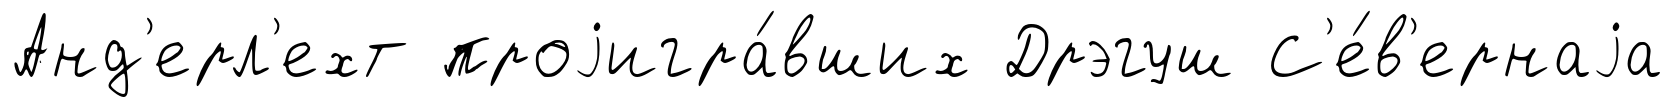
Анд'ерл'ехт проjигра́вших Дрэгуш С'е́в'ернаjа